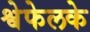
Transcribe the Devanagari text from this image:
श्वेफेलके